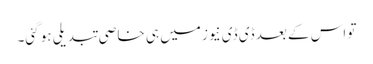
تو اس کے بعد ڈی ڈی نیوز میں ہی خاصی تبدیلی ہو گئی۔